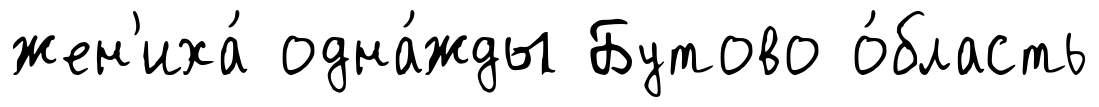
жен'иха́ одна́жды Бутово о́бласть